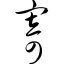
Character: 寄